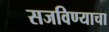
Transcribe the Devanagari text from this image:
सजविण्याचा